Report on sanitation, dispensaries, and jails in Rajputana for 1920, and on vaccination for the year 1920-1921 - 1920-1921
Year: 1920
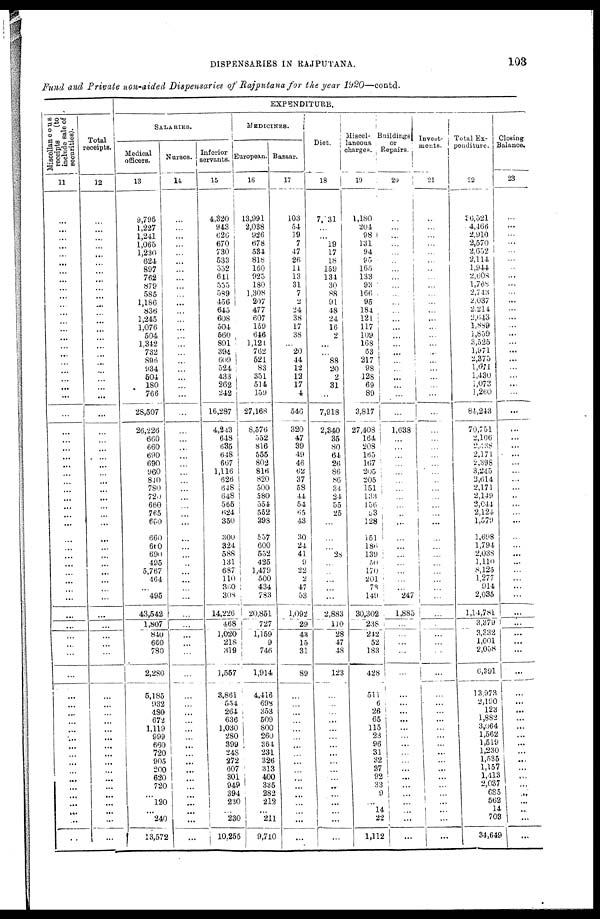
DISPENSARIES IN RAJPUTANA.
103
Fund and Private non-aided Dispensaries of Rajputana for the year 1920—contd.
EXPENDITURE.
Miscellaneous
receipts (to
include Sale of
securities).
11
...
...
...
...
...
...
...
...
...
...
...
...
...
...
...
...
...
...
...
...
...
...
...
...
...
...
...
...
...
...
...
...
...
...
...
...
...
...
...
...
...
...
...
...
...
...
...
...
...
...
...
...
...
...
...
...
...
...
...
...
...
...
...
...
...
...
Total
receipts.
12
...
...
...
...
...
...
...
...
...
...
...
...
...
...
...
...
...
...
...
...
...
...
...
...
...
...
...
...
...
...
...
...
...
...
...
...
...
...
...
...
...
...
...
...
...
...
...
...
...
...
...
...
...
...
...
...
...
...
...
...
...
...
...
...
...
...
SALARIES.
Medical
officers.
13
9,796
1,227
1,241
1,065
1,230
624
897
762
879
585
1,186
836
1,245
1,076
504
1,342
732
896
934
504
180
766
28,507
26,226
660
660
690
690
960
840
780
720
660
765
660
660
660
690
495
5,767
464
...
495
43,542
1,807
840
660
780
2,280
5,185
932
480
672
1,119
999
660
720
905
200
620
720
...
120
...
240
13,572
Nurses.
14
...
...
...
...
...
...
...
...
...
...
...
...
...
...
...
...
...
...
...
...
...
...
...
...
...
...
...
...
...
...
...
...
...
...
...
...
...
...
...
...
...
...
...
...
...
...
...
...
...
...
...
...
...
...
...
...
...
...
...
...
...
...
...
...
...
...
Inferior
servants.
15
4,320
943
626
670
730
533
552
641
555
589
456
645
608
504
560
891
394
609
524
433
262
242
16,287
4,243
648
635
648
667
1,116
626
648
648
565
624
350
300
324
588
131
687
110
360
308
14,226
468
1,020
218
319
1,557
3,861
554
264
636
1,030
280
399
248
272
607
301
949
394
230
...
230
10,255
MEDICINES.
European.
16
13,991
2,038
926
678
534
818
160
925
180
1,308
207
477
607
159
646
1,124
762
521
83
351
514
159
27,168
8,576
552
816
555
802
816
820
500
580
554
552
398
557
600
552
425
1,479
500
434
783
20,851
727
1,159
9
746
1,914
4,416
698
353
509
800
260
364
231
326
313
400
335
282
212
...
211
9,710
Bazaar.
17
103
54
19
7
47
26
11
13
31
7
2
24
38
17
38
...
20
44
12
12
17
4
546
320
47
39
49
46
62
37
58
44
54
65
43
30
24
41
9
22
2
47
53
1,092
29
43
15
31
89
...
...
...
...
...
...
...
...
...
...
...
...
...
...
...
...
...
Diet.
18
7,031
...
...
19
17
18
159
134
30
88
91
48
24
16
2
...
...
88
20
2
31
...
7,918
2,340
35
80
64
26
86
86
34
24
55
25
...
...
...
28
...
...
...
...
...
2,883
110
28
47
48
123
...
...
...
...
...
...
...
...
...
...
...
...
...
...
...
...
...
Miscel¬
laneous
charges.
19
1,180
204
98
131
94
95
165
133
93
166
95
184
121
117
109
168
63
217
98
128
69
89
3,817
27,408
164
208
165
167
205
205
151
133
156
93
128
151
186
139
50
170
201
73
149
30,302
238
242
52
183
428
511
6
26
65
115
23
96
31
32
37
92
33
9
...
14
22
1,112
Buildings
or
Repairs.
20
...
...
...
...
...
...
...
...
...
...
...
...
...
...
...
...
...
...
...
...
...
...
...
1,638
...
...
...
...
...
...
...
...
...
...
...
...
...
...
...
...
...
...
247
1,885
...
...
...
...
...
...
...
...
...
...
...
...
...
...
...
...
...
...
...
...
...
...
Invest-
ments.
21
...
...
...
...
...
...
...
...
...
...
...
...
...
...
...
...
...
...
...
...
...
...
...
...
...
...
...
...
...
...
...
...
...
...
...
...
...
...
...
...
...
...
...
...
...
...
...
...
...
...
...
...
...
...
...
...
...
...
...
...
...
...
...
...
...
...
Total Ex-
penditure.
22
36,521
4,466
2,910
2,570
2,602
2,114
1,944
2,608
1,768
2,743
2,037
2,214
2,643
1,889
1,859
3,525
1,971
2,375
1,671
1,430
1,073
1,260
84,243
70,751
2,106
2,438
2,171
2,398
3,245
2,614
2,171
2,149
2,044
2,124
1,579
1,698
1,794
2,038
1,110
8,125
1,277
914
2,035
1,14,781
3,379
3,332
1,001
2,058
6,391
13,973
2,190
113
1,882
3,064
1,562
1,519
1,230
1,535
1,157
1,413
2,037
685
562
14
703
34,649
Closing
Balance.
23
...
...
...
...
...
...
...
...
...
...
...
...
...
...
...
...
...
...
...
...
...
...
...
...
...
...
...
...
...
...
...
...
...
...
...
...
...
...
...
...
...
...
...
...
...
...
...
...
...
...
...
...
...
...
...
...
...
...
...
...
...
...
...
...
...
...